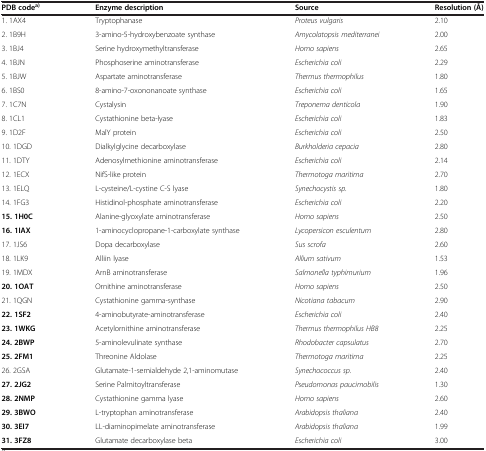
<table><thead><tr><td><b>PDB code<sup>a)</sup></b></td><td><b>Enzyme description</b></td><td><b>Source</b></td><td><b>Resolution (Å)</b></td></tr></thead><tbody><tr><td>1. 1AX4</td><td>Tryptophanase</td><td><i>Proteus vulgaris</i></td><td>2.10</td></tr><tr><td>2. 1B9H</td><td>3-amino-5-hydroxybenzoate synthase</td><td><i>Amycolatopsis mediterranei</i></td><td>2.00</td></tr><tr><td>3. 1BJ4</td><td>Serine hydroxymethyltransferase</td><td><i>Homo sapiens</i></td><td>2.65</td></tr><tr><td>4. 1BJN</td><td>Phosphoserine aminotransferase</td><td><i>Escherichia coli</i></td><td>2.29</td></tr><tr><td>5. 1BJW</td><td>Aspartate aminotransferase</td><td><i>Thermus thermophilus</i></td><td>1.80</td></tr><tr><td>6. 1BS0</td><td>8-amino-7-oxononanoate synthase</td><td><i>Escherichia coli</i></td><td>1.65</td></tr><tr><td>7. 1C7N</td><td>Cystalysin</td><td><i>Treponema denticola</i></td><td>1.90</td></tr><tr><td>8. 1CL1</td><td>Cystathionine beta-lyase</td><td><i>Escherichia coli</i></td><td>1.83</td></tr><tr><td>9. 1D2F</td><td>MalY protein</td><td><i>Escherichia coli</i></td><td>2.50</td></tr><tr><td>10. 1DGD</td><td>Dialkylglycine decarboxylase</td><td><i>Burkholderia cepacia</i></td><td>2.80</td></tr><tr><td>11. 1DTY</td><td>Adenosylmethionine aminotransferase</td><td><i>Escherichia coli</i></td><td>2.14</td></tr><tr><td>12. 1ECX</td><td>NifS-like protein</td><td><i>Thermotoga maritima</i></td><td>2.70</td></tr><tr><td>13. 1ELQ</td><td>L-cysteine/L-cystine C-S lyase</td><td><i>Synechocystis sp.</i></td><td>1.80</td></tr><tr><td>14. 1FG3</td><td>Histidinol-phosphate aminotransferase</td><td><i>Escherichia coli</i></td><td>2.20</td></tr><tr><td><b>15. 1H0C</b></td><td>Alanine-glyoxylate aminotransferase</td><td><i>Homo sapiens</i></td><td>2.50</td></tr><tr><td><b>16. 1IAX</b></td><td>1-aminocyclopropane-1-carboxylate synthase</td><td><i>Lycopersicon esculentum</i></td><td>2.80</td></tr><tr><td>17. 1JS6</td><td>Dopa decarboxylase</td><td><i>Sus scrofa</i></td><td>2.60</td></tr><tr><td>18. 1LK9</td><td>Alliin lyase</td><td><i>Allium sativum</i></td><td>1.53</td></tr><tr><td>19. 1MDX</td><td>ArnB aminotransferase</td><td><i>Salmonella typhimurium</i></td><td>1.96</td></tr><tr><td><b>20. 1OAT</b></td><td>Ornithine aminotransferase</td><td><i>Homo sapiens</i></td><td>2.50</td></tr><tr><td>21. 1QGN</td><td>Cystathionine gamma-synthase</td><td><i>Nicotiana tabacum</i></td><td>2.90</td></tr><tr><td><b>22. 1SF2</b></td><td>4-aminobutyrate-aminotransferase</td><td><i>Escherichia coli</i></td><td>2.40</td></tr><tr><td><b>23. 1WKG</b></td><td>Acetylornithine aminotransferase</td><td><i>Thermus thermophilus HB8</i></td><td>2.25</td></tr><tr><td><b>24. 2BWP</b></td><td>5-aminolevulinate synthase</td><td><i>Rhodobacter capsulatus</i></td><td>2.70</td></tr><tr><td><b>25. 2FM1</b></td><td>Threonine Aldolase</td><td><i>Thermotoga maritima</i></td><td>2.25</td></tr><tr><td>26. 2GSA</td><td>Glutamate-1-semialdehyde 2,1-aminomutase</td><td><i>Synechococcus sp.</i></td><td>2.40</td></tr><tr><td><b>27. 2JG2</b></td><td>Serine Palmitoyltransferase</td><td><i>Pseudomonas paucimobilis</i></td><td>1.30</td></tr><tr><td><b>28. 2NMP</b></td><td>Cystathionine gamma lyase</td><td><i>Homo sapiens</i></td><td>2.60</td></tr><tr><td><b>29. 3BWO</b></td><td>L-tryptophan aminotransferase</td><td><i>Arabidopsis thaliana</i></td><td>2.40</td></tr><tr><td><b>30. 3EI7</b></td><td>LL-diaminopimelate aminotransferase</td><td><i>Arabidopsis thaliana</i></td><td>1.99</td></tr><tr><td><b>31. 3FZ8</b></td><td>Glutamate decarboxylase beta</td><td><i>Escherichia coli</i></td><td>3.00</td></tr></tbody></table>